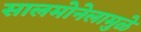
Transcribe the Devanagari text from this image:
सालमोनेलामुळे